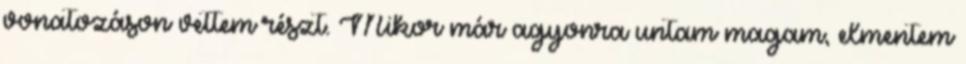
vonatozáson vettem részt. Mikor már agyonra untam magam, elmentem